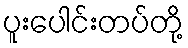
ပူးပေါင်းတပ်တို့